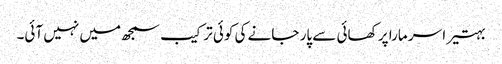
بہتیرا سر مارا پر کھائی سے پار جانے کی کوئی ترکیب سمجھ میں نہیں آئی۔